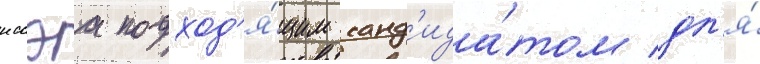
иссэа подход'я́щим канд'ида́том дл'я́